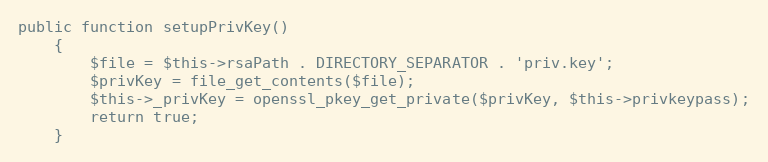
Language: PHP
public function setupPrivKey()
    {
        $file = $this->rsaPath . DIRECTORY_SEPARATOR . 'priv.key';
        $privKey = file_get_contents($file);
        $this->_privKey = openssl_pkey_get_private($privKey, $this->privkeypass);
        return true;
    }